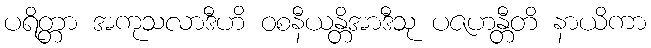
ပရိတ္တာ အကုသလာဒီဟိ ဝစနီယန္တိအာဒီသု ပဇဟန္တီတိ နာယိကာ